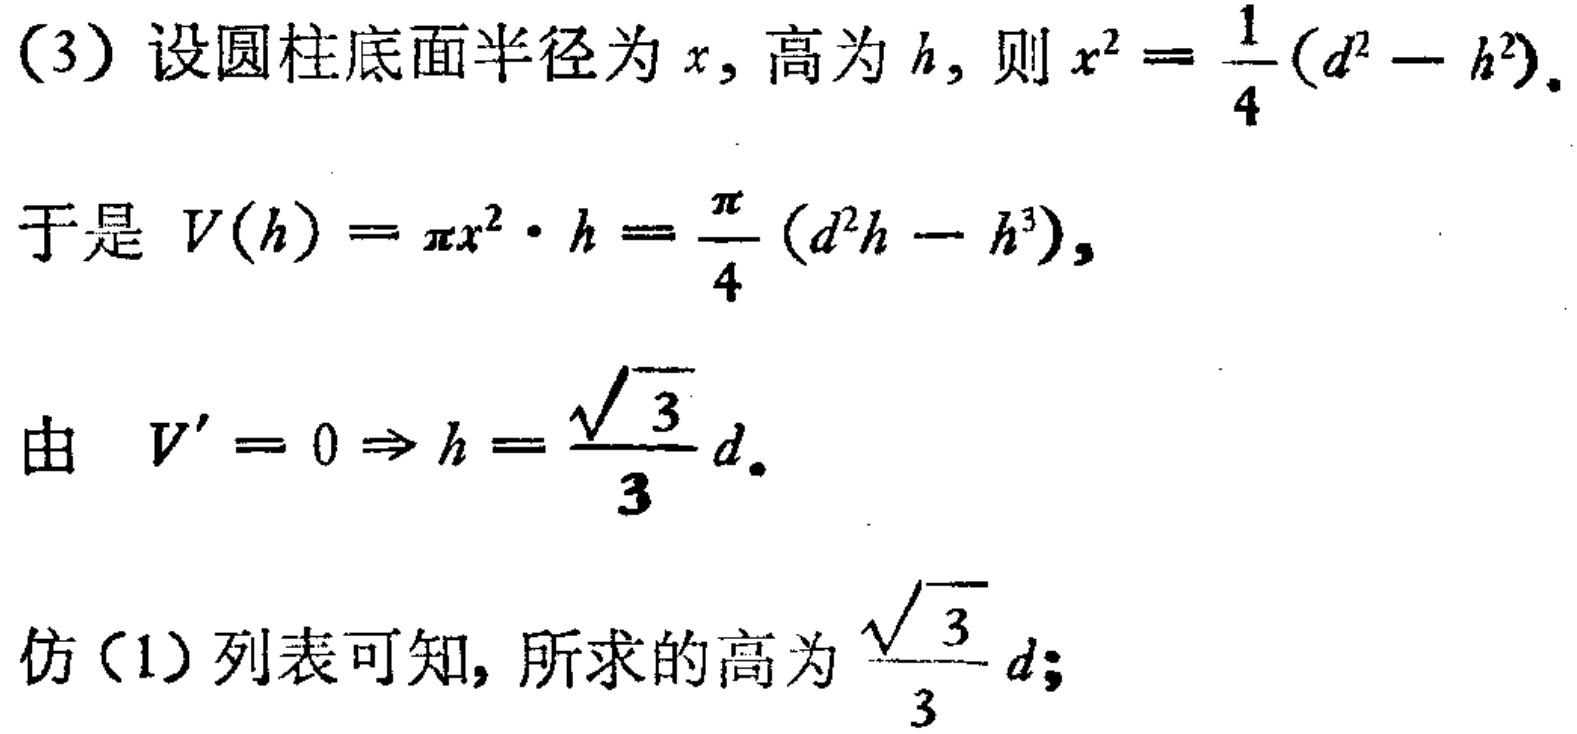
(3) 设圆柱底面半径为 \(x\)，高为 \(h\)，则 \(x^{2}=\frac{1}{4}(d^{2}-h^{2})\)。
于是 \(V(h)=\pi x^{2}\cdot h = \frac{\pi}{4}(d^{2}h - h^{3})\)，
由 \(V' = 0\Rightarrow h=\frac{\sqrt{3}}{3}d\)。
仿(1)列表可知，所求的高为 \(\frac{\sqrt{3}}{3}d\)；